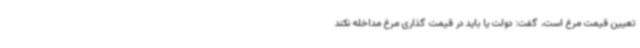
تعیین قیمت مرغ است، گفت: دولت یا باید در قیمت گذاری مرغ مداخله نکند